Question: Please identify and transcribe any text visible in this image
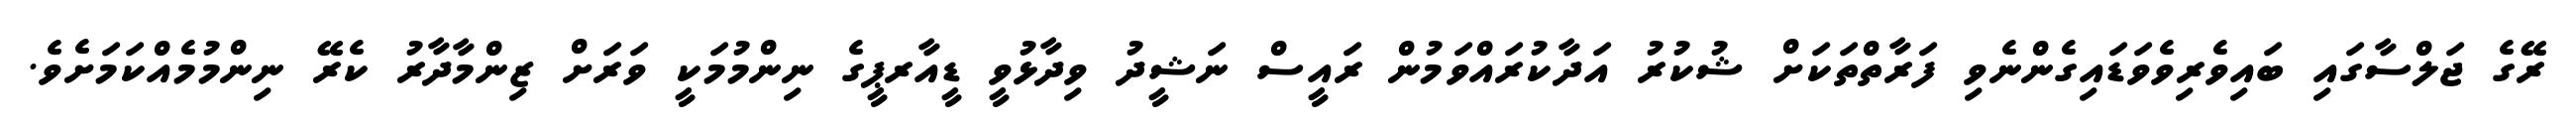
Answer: ރޭގެ ޖަލްސާގައި ބައިވެރިވެވަޑައިގެންނެވި ފަރާތްތަކަށް ޝުކުރު އަދާކުރައްވަމުން ރައީސް ނަޝީދު ވިދާޅުވީ ޑީއާރޕީގެ ނިންމުމަކީ ވަރަށް ޒިންމާދާރު ކެރޭ ނިންމުމެއްކަމަށެވެ.